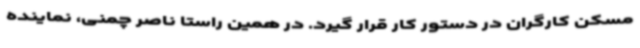
مسکن کارگران در دستور کار قرار گیرد. در همین راستا ناصر چمنی، نماینده